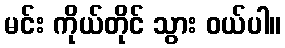
မင်း ကိုယ်တိုင် သွား ဝယ်ပါ။